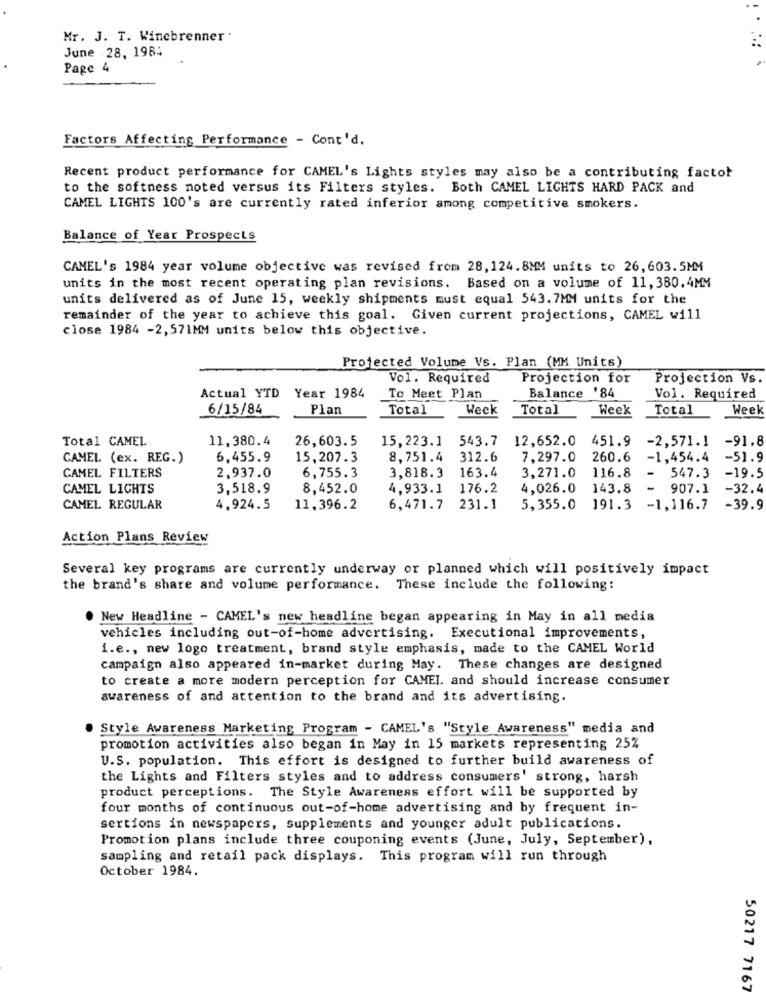
Mr. J. T. Winebrenner .
June 28, 1984
Page 4
Factors Affecting Performance - Cont'd.
Recent product performance for CAMEL's Lights styles may also be a contributing factot
to the softness noted versus its Filters styles. Both CAMEL LIGHTS HARD PACK and
CAMEL LIGHTS 100's are currently rated inferior among competitive smokers.
Balance of Year Prospects
CAMEL's 1984 year volume objective was revised from 28,124.8MM units to 26, 603.5MM
units in the most recent operating plan revisions. Based on a volume of 11, 380.4MM
units delivered as of June 15, weekly shipments must equal 543.7MM units for the
remainder of the year to achieve this goal. Given current projections, CAMEL w111
close 1984 -2,571MM units below this objective.
Projected Volume Vs. Plan (MM Units)
Vol. Required
Projection for
Projection Vs
Balance '84
Actual YTD Year 1984
To Meet Plan
Vol. Required
6/15/84
Plan
Total
Week
Total
Week
Total
Week
Total CAMEL
11,380.4
26,603.5
15,223.1
543.7
12,652.0
451.9
-2,571.1
-91.8
CAMEL (ex. REG.)
6.455.9
15,207.3
8,751.4
312.6
7,297.0
260.6
-1,454.4
-51.9
CAMEL FILTERS
3,818.3
163.4
116.8
-19.5
2,937.0
6,755.3
3,271.0
-
547.3
CAMEL LIGHTS
3,518.9
8,452.0
4,933.1
176.2
4,026.0
143.8
-
907.1
-32.4
CAMEL REGULAR
4,924.5
11,396.2
6,471.7
231.1
5,355.0
191.3
-1,116.7
-39.9
Action Plans Review
Several key programs are currently underway or planned which will positively impact
the brand's share and volume performance. These include the following:
New Headline - CAMEL's new headline began appearing in May in all media
vehicles including out-of-home advertising. Executional improvements,
i.e ., new logo treatment, brand style emphasis, made to the CAMEL World
campaign also appeared in-market during May. These changes are designed
to create a more modern perception for CAMEL and should increase consumer
awareness of and attention to the brand and its advertising.
Style Awareness Marketing Program - CAMEL's "Style Awareness" media and
promotion activities also began in May in 15 markets representing 25%
U.S. population. This effort is designed to further build awareness of
the Lights and Filters styles and to address consumers' strong, harsh
product perceptions. The Style Awareness effort will be supported by
four months of continuous out-of-home advertising and by frequent in-
sertions in newspapers, supplements and younger adult publications.
Promotion plans include three couponing events (June, July, September),
sampling and retail pack displays. This program will run through
October 1984.
50217 7167